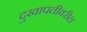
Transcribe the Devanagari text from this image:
दुखापतीवरील